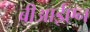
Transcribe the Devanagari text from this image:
बीआईएन